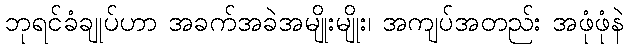
ဘုရင်ခံချုပ်ဟာ အခက်အခဲအမျိုးမျိုး၊ အကျပ်အတည်း အဖုံဖုံနဲ